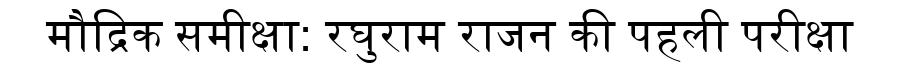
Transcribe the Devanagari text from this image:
मौद्रिक समीक्षा: रघुराम राजन की पहली परीक्षा